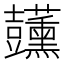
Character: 𧰣